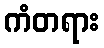
ကံတရား